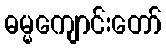
ဓမ္မကျောင်းတော်